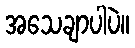
အသေချာပါပဲ။